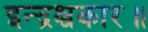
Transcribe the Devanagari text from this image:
इन्द्रश्चकार॥